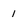
Character: 1